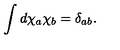
\int d \chi _ { a } \chi _ { b } = \delta _ { a b } .